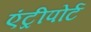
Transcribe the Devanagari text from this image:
एंट्रीपोर्ट